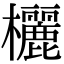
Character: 欐